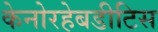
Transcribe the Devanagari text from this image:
केनोरहेबडीटिस